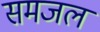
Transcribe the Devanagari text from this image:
समजल